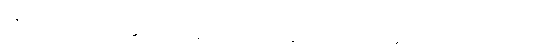
ဝိနီလကံ, ဝိပုဗ္ဗကံ, ဝိစ္ဆိဒ္ဒကံ, ဝိက္ခာယိတကံ, ဝိက္ခိတ္တကံ, ဟတဝိက္ခိတ္တကံ, လောဟိတကံ,